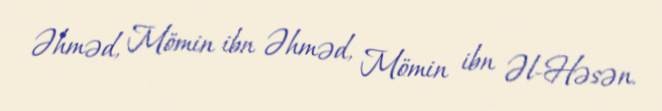
Əhməd, Mömin ibn Əhməd, Mömin ibn Əl-Həsən.